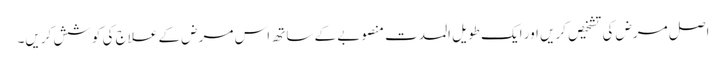
اصل مرض کی تشخیص کریں اور ایک طویل المدت منصوبے کے ساتھ اس مرض کے علاج کی کوشش کریں۔